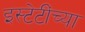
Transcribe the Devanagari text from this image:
इस्टेटींच्या